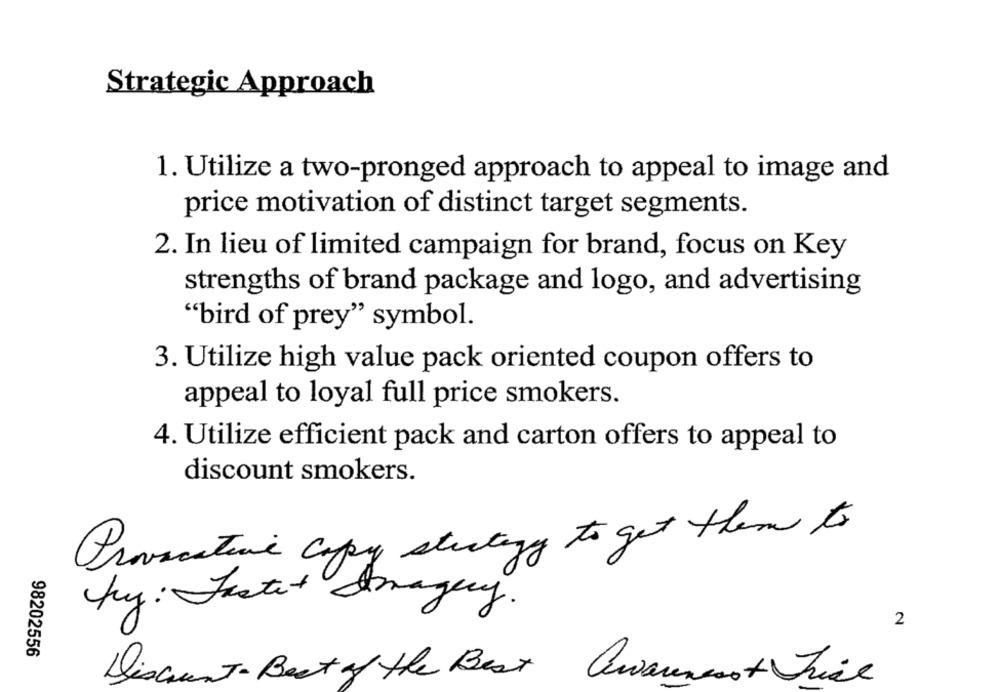
Strategic Approach
1. Utilize a two-pronged approach to appeal to image and
price motivation of distinct target segments.
2. In lieu of limited campaign for brand, focus on Key
strengths of brand package and logo, and advertising
"bird of prey" symbol.
3. Utilize high value pack oriented coupon offers to
appeal to loyal full price smokers.
4. Utilize efficient pack and carton offers to appeal to
discount smokers.
Provocative copy strategy to get them to
by: Fastet Imagery.
2
98202556
Discount - Best of the Best Awarenesst Trice